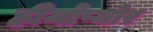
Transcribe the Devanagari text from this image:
हीमोप्योर